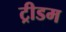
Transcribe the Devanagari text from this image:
ट्रीडम